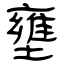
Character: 壅